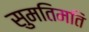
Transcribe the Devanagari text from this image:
सुमतिमति